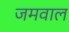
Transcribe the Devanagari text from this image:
जमवाल